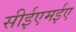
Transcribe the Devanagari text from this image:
सीईएमईए